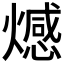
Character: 𤐉